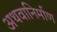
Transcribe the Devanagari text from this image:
अथवानिर्माण